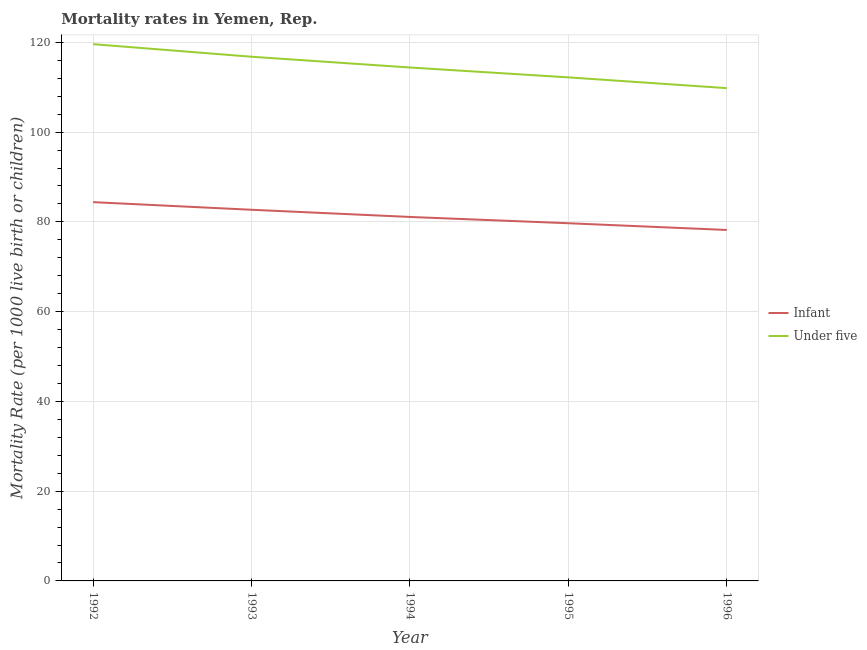
| Year | Infant | Under five |
 | --- | --- | --- |
 | 1992 | 84.4 | 120 |
 | 1993 | 82.7 | 117 |
 | 1994 | 81.1 | 114 |
 | 1995 | 79.7 | 112 |
 | 1996 | 78.2 | 110 |